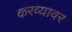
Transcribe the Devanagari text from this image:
करव्यावर